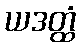
ယဒတ္ထံ